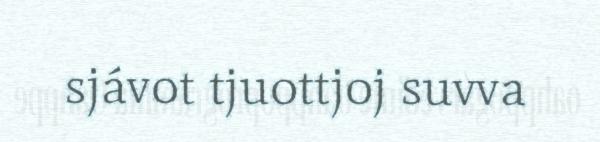
sjávot tjuottjoj suvva